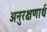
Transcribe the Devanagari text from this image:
अनुरक्षणार्थ